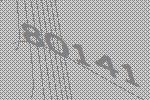
80141